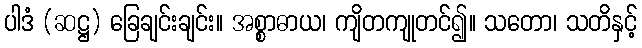
ပါဒံ (ဆဋ္ဌ) ခြေချင်းချင်း။ အစ္စာဓာယ၊ ကျိတကျုတင်၍။ သတော၊ သတိနှင့်